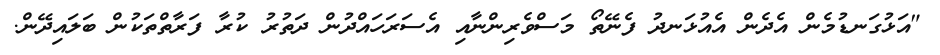
"އަޅުގަނޑުމެން އެދެން އެއުޅަނދު ފެނޭތޯ މަސްވެރިންނާއި އެސަރަހައްދުން ދަތުރު ކުރާ ފަރާތްތަކުން ބަލައިދޭން.